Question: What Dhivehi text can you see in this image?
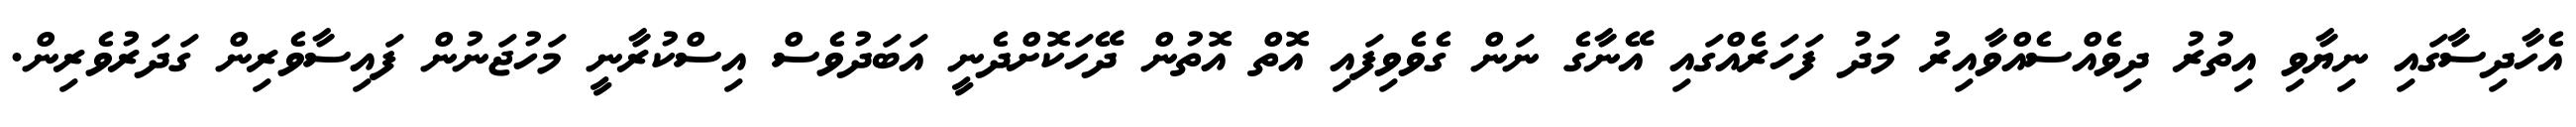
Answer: އެހާދިސާގައި ނިޔާވި އިތުރު ދިވެއްސެއްވާއިރު މަދު ފަހަރެއްގައި އޭނާގެ ނަން ގެވެވިފައި އޮތް އޮތުން ދޭހަކޮށްދެނީ އަބަދުވެސް އިސްކުރާނީ މަހުޖަނުން ފައިސާވެރިން ގަދަރުވެރިން.